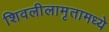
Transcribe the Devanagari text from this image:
शिवलीलामृतामध्ये